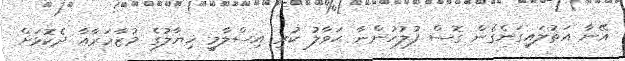
އޭނާ އަތުލައިގަނެގެން ގޮސް ފުލުހުންނާ ޙަވާލު ކުރީ އިސްލާމީ ޚިޔާލުގެ މުޒާހަރާއާ ދެކޮޅަށް